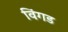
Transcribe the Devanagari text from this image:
विंगड